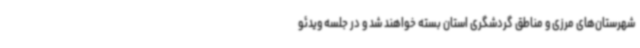
شهرستان‌های مرزی و مناطق گردشگری استان بسته خواهند شد و در جلسه ویدئو